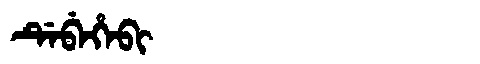
Manchu: ᡩᡝᠪᡝᡥᡝᠪᡳ
Romanization: DEBEHEBI